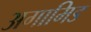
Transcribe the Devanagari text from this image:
अगामिड